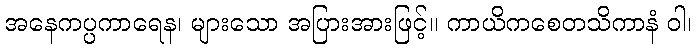
အနေကပ္ပကာရေန၊ များသော အပြားအားဖြင့်။ ကာယိကစေတသိကာနံ ဝါ၊